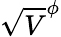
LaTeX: \sqrt{V}^{\phi}